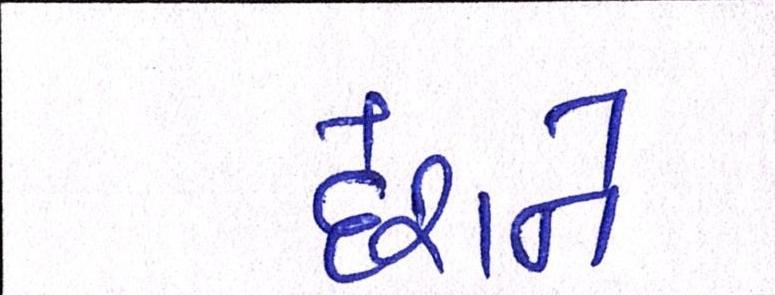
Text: દેશને